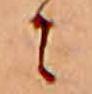
ニ